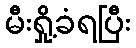
မီးရှို့ခံရပြီး